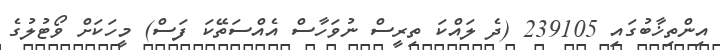
އިންތިޚާބުގައި 239105 (ދެ ލައްކަ ތިރީސް ނުވަހާސް އެއްސަތޭކަ ފަސް) މީހަކަށް ވޯޓުލުގެ